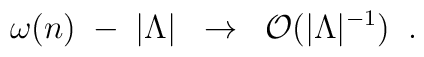
\omega (n) \; - \; |\Lambda | \;\; \to \;\; {\cal O} (|\Lambda |^{-1}) \;\;.